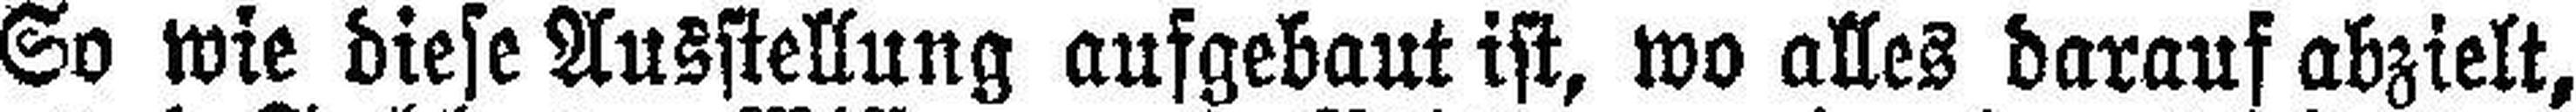
So wie diese Ausstellung aufgebaut ist, wo alles darauf abzielt,